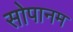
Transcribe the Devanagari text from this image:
सोपानम